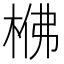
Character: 梻